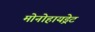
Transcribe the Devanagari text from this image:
मोनोहायड्रेट